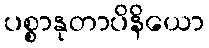
ပစ္စာနုတာပိနိယော